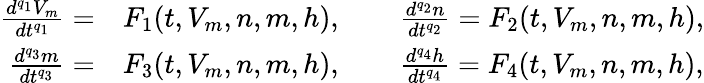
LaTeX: \begin{array}{rl}{\frac{d^{q_{1}}V_{m}}{dt^{q_{1}}}=}&{F_{1}(t,V_{m},n,m,h),\qquad\frac{d^{q_{2}}n}{dt^{q_{2}}}=F_{2}(t,V_{m},n,m,h),}\\ {\frac{d^{q_{3}}m}{dt^{q_{3}}}=}&{F_{3}(t,V_{m},n,m,h),\qquad\frac{d^{q_{4}}h}{dt^{q_{4}}}=F_{4}(t,V_{m},n,m,h),}\end{array}